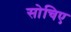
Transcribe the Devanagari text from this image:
सोचिए